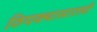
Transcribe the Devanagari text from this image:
ठिपक्यासारखी